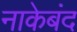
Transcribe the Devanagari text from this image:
नाकेबंद